Insane asylums Bombay 1873-77 - 1873-1877
Year: 1873
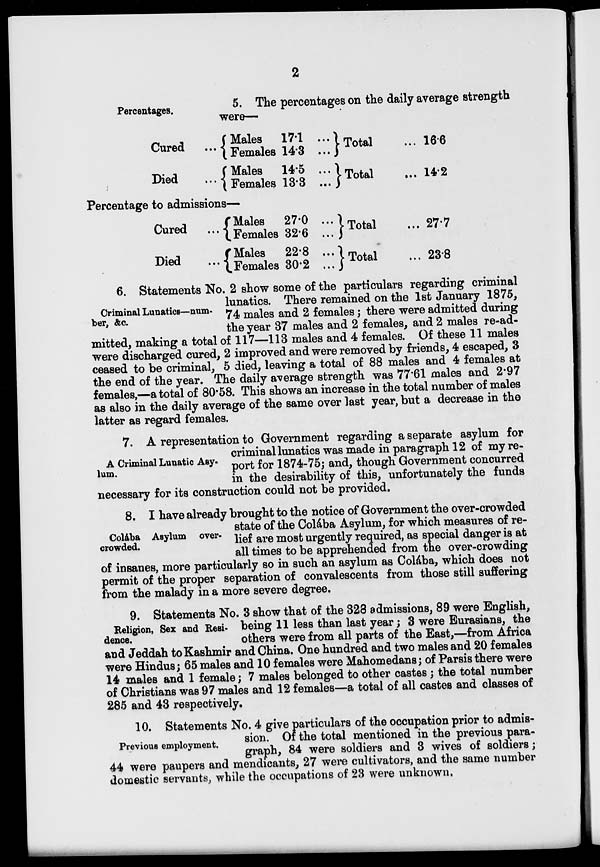
2
Percentages.
5. The percentages on the daily average strength
were—
Cared
...
Died ...
Males
Females
Males
Females
17.1
14.3
14.5
13.3
...
...
...
...
Total
Total
16.6
14.2
Percentage to admissions—
Cured
...
Died
...
Males
Females
Males
Females
27.0
32.6
22.8
30.2
...
...
...
...
Total
Total
27.7
23.8
Criminal Lunatics—num-
ber, &c.
6. Statements No. 2 show some of the particulars regarding criminal
lunatics. There remained on the 1st January 1875,
74 males and 2 females ; there were admitted during
the year 37 males and 2 females, and 2 males re-ad-
mitted, making a total of 117—113 males and 4 females. Of these 11 males
were discharged cured, 2 improved and were removed by friends, 4 escaped, 3
ceased to be criminal, 5 died, leaving a total of 88 males and 4 females at
the end of the year. The daily average strength was 77.61 males and 2.97
females,—a total of 80.58. This shows an increase in the total number of males
as also in the daily average of the same over last year, but a decrease in the
latter as regard females.
A Criminal Lunatic Asy-
lum.
7. A representation to Government regarding a separate asylum for
criminal lunatics was made in paragraph 12 of my re-
port for 1874-75; and, though Government concurred
in the desirability of this, unfortunately the funds
necessary for its construction could not be provided.
Colába Asylum over-
crowded.
8. I have already brought to the notice of Government the over-crowded
state of the Colába Asylum, for which measures of re-
lief are most urgently required, as special danger is at
all times to be apprehended from the over-crowding
of insanes, more particularly so in such an asylum as Colába, which does not
permit of the proper separation of convalescents from those still suffering
from the malady in a more severe degree.
Religion, Sex and Resi-
dence.
9. Statements No. 3 show that of the 328 admissions, 89 were English,
being 11 less than last year ; 3 were Eurasians, the
others were from all parts of the East,—from Africa
and Jeddah to Kashmir and China. One hundred and two males and 20 females
were Hindus ; 65 males and 10 females were Mahomedans; of Parsis there were
14 males and 1 female ; 7 males belonged to other castes ; the total number
of Christians was 97 males and 12 females—a total of all castes and classes of
285 and 43 respectively.
Previous employment.
10. Statements No. 4 give particulars of the occupation prior to admis-
sion. Of the total mentioned in the previous para-
graph, 84 were soldiers and 3 wives of soldiers ;
44 were paupers and mendicants, 27 were cultivators, and the same number
domestic servants, while the occupations of 23 were unknown.